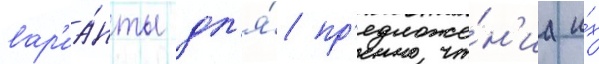
вар'иа́нты дл'я́ пр'едложе́н'иа и́х